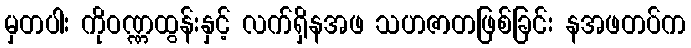
မှတပါး ကိုဝဏ္ဏထွန်းနှင့် လက်ရှိနအဖ သဟဇာတဖြစ်ခြင်း နအဖတပ်က